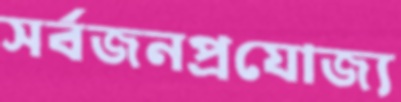
সর্বজনপ্রযোজ্য